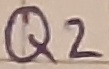
Text: Q2